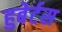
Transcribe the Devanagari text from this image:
हुबेर्टस